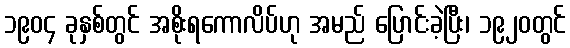
၁၉၀၄ ခုနှစ်တွင် အစိုးရကောလိပ်ဟု အမည် ပြောင်းခဲ့ပြီး၊ ၁၉၂၀တွင်